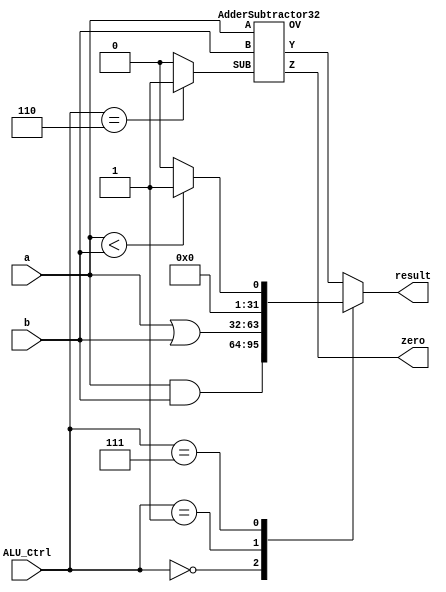
module alu(
    input [31:0] a, b,
    input [3:0] ALU_Ctrl,
    output reg [31:0] result,
    output zero
);

    wire [31:0] add_sub_result;
    wire ov;   // Overflow flag
    reg sub;  

    AdderSubtractor32 adder_sub(
        .A(a),
        .B(b),
        .SUB(sub),
        .Y(add_sub_result),
        .OV(ov),
        .Z(zero)
    );

    always @(*) begin
        sub = 0; 
        case(ALU_Ctrl)
            4'b0010: begin // add
                sub = 0;
                result = add_sub_result;
            end
            4'b0110: begin // sub
                sub = 1;
                result = add_sub_result;
            end
            4'b0000: result = a & b; // and
            4'b0001: result = a | b; // or
            4'b0111: begin
                if (a < b) result = 32'd1;
                else result = 32'd0;
            end
            default: begin
                sub = 0; // Default to addition
                result = add_sub_result;
            end
        endcase
    end

endmodule

module FullAdder(
    input a, b, cin,    
    output sum, cout    
);

    assign sum = a ^ b ^ cin;
    assign cout = (a & b) | (cin & (a ^ b));

endmodule

module AdderSubtractor32(
    input [31:0] A, B,
    input SUB,
    output [31:0] Y,
    output OV,  // overflow
    output Z    // zero
);

    wire [31:0] B_complement;
    wire [31:0] sum;
    wire [31:0] c;

    assign B_complement = B ^ {32{SUB}};

    genvar i;
    generate
        for (i = 0; i < 32; i = i+1) begin: FA
            FullAdder FA_inst(
                .a(A[i]),
                .b(B_complement[i]),
                .cin(i == 0 ? SUB : c[i-1]),
                .sum(sum[i]),
                .cout(c[i])
            );
        end
    endgenerate

    assign Y = sum;
    assign OV = c[31] ^ c[30];   // Overflow if the last two carries are different
    assign Z = (Y == 32'b0);

endmodule